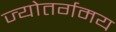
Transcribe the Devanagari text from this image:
ज्योतर्गमय